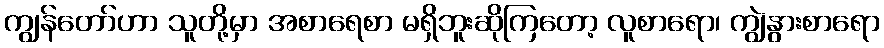
ကျွန်တော်ဟာ သူတို့မှာ အစာရေစာ မရှိဘူးဆိုကြတော့ လူစာရော၊ ကျွဲနွားစာရော